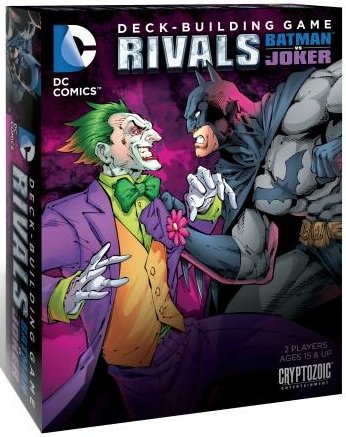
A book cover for DC Comics Deck-Building Game Rivals: Batman Vs. the Joker; Science Fiction & Fantasy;